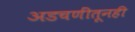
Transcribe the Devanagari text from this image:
अडचणींतूनही